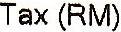
TAX(RM)